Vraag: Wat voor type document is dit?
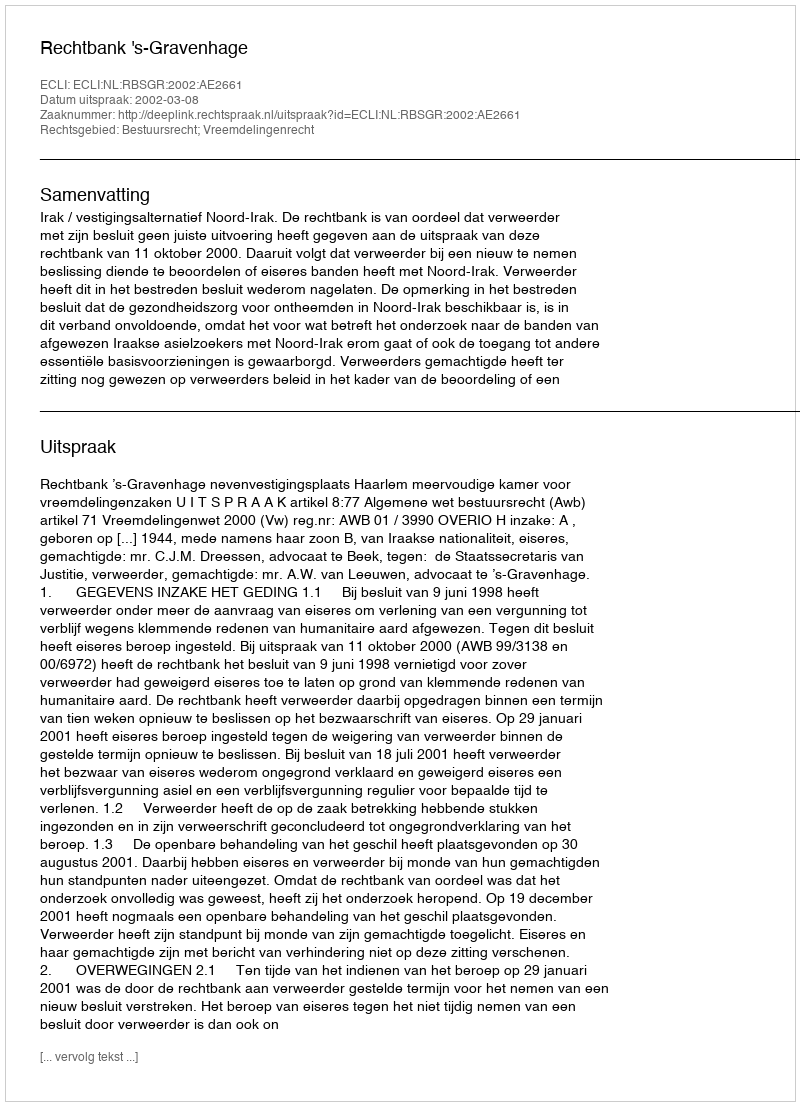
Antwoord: Uitspraak